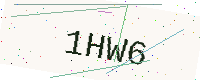
Text: 1HW6